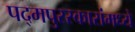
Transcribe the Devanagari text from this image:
पद्मपुरस्कारांमध्ये